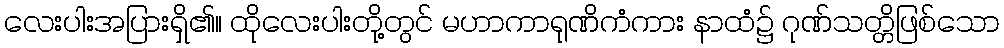
လေးပါးအပြားရှိ၏။ ထိုလေးပါးတို့တွင် မဟာကာရုဏိကံကား နာထံ၌ ဂုဏ်သတ္တိဖြစ်သော